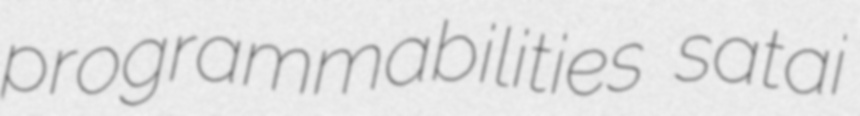
programmabilities satai